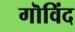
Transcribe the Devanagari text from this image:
गॊविंद